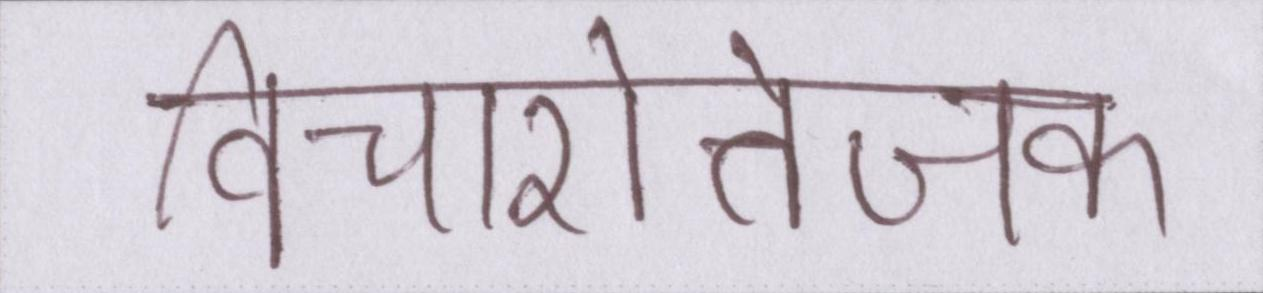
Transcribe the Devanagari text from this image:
विचारोत्तेजक